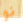
نو